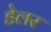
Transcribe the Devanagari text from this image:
डेलर